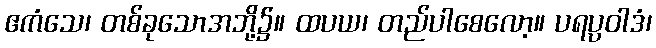
ဧကံသေ၊ တစ်ခုသောအဘို့၌။ ထပယ၊ တည်ပါစေလော့။ ပရပ္ပဝါဒံ၊